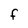
Character: F